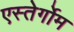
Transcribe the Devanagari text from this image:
एस्तेर्गोम